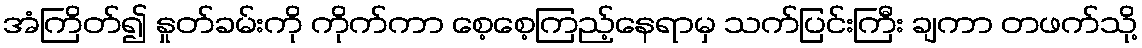
အံကြိတ်၍ နှုတ်ခမ်းကို ကိုက်ကာ စေ့စေ့ကြည့်နေရာမှ သက်ပြင်းကြီး ချကာ တဖက်သို့